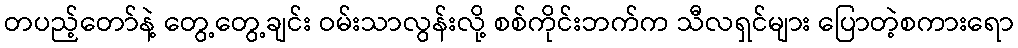
တပည့်တော်နဲ့ တွေ့တွေ့ချင်း ဝမ်းသာလွန်းလို့ စစ်ကိုင်းဘက်က သီလရှင်များ ပြောတဲ့စကားရော